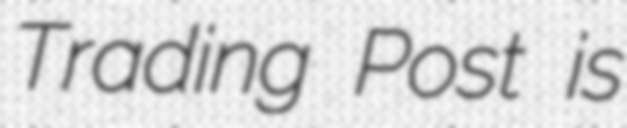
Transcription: Trading Post is